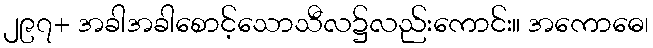
၂၉၇+ အခါအခါစောင့်သောသီလ၌လည်းကောင်း။ အကောဓေ၊